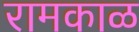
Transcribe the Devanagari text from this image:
रामकाळ